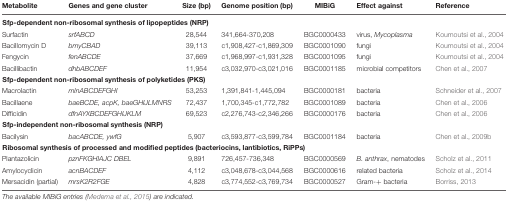
| Metabolite | Genes and gene cluster | Size (bp) | Genome position (bp) | MIBiG | Effect against | Reference |
 | --- | --- | --- | --- | --- | --- | --- |
 | <COLSPAN=6> Sfp-dependent non-ribosomal synthesis of lipopeptides (NRP) |
 | Surfactin | srfABCD | 28,544 | 341,664-370,208 | BGC0000433 | virus, Mycoplasma | Koumoutsi et al., 2004 |
 | Bacillomycin D | bmyCBAD | 39,113 | c1,908,427-c1,869,309 | BGC0001090 | fungi | Koumoutsi et al., 2004 |
 | Fengycin | fenABCDE | 37,669 | c1,968,997-c1,931,328 | BGC0001095 | fungi | Koumoutsi et al., 2004 |
 | Bacillibactin | dhbABCDEF | 11,954 | c3,032,970-c3,021,016 | BGC0001185 | microbial competitors | Chen et al., 2007 |
 | <COLSPAN=6> Sfp-dependent non-ribosomal synthesis of polyketides (PKS) |
 | Macrolactin | mlnABCDEFGHI | 53,253 | 1,391,841-1,445,094 | BGC0000181 | bacteria | Schneider et al., 2007 |
 | Bacillaene | baeBCDE, acpK, baeGHIJLMNRS | 72,437 | 1,700,345-c1,772,782 | BGC0001089 | bacteria | Chen et al., 2006 |
 | Difficidin | dfnAYXBCDEFGHIJKLM | 69,523 | c2,276,743-c2,346,266 | BGC0000176 | bacteria | Chen et al., 2006 |
 | <COLSPAN=6> Sfp-independent non-ribosomal synthesis (NRP) |
 | Bacilysin | bacABCDE, ywfG | 5,907 | c3,593,877-c3,599,784 | BGC0001184 | bacteria | Chen et al., 2009b |
 | <COLSPAN=6> Ribosomal synthesis of processed and modified peptides (bacteriocins, lantibiotics, RiPPs) |
 | Plantazolicin | pznFKGHIAJC DBEL | 9,891 | 726,457-736,348 | BGC0000569 | B. anthrax, nematodes | Scholz et al., 2011 |
 | Amylocyclicin | acnBACDEF | 4,112 | c3,048,678-c3,044,568 | BGC0000616 | related bacteria | Scholz et al., 2014 |
 | Mersacidin (partial) | mrsK2R2FGE | 4,828 | c3,774,552-c3,769,734 | BGC0000527 | Gram-+ bacteria | Borriss, 2013 |